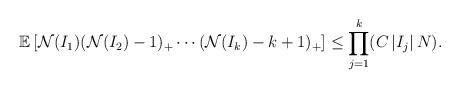
LaTeX: \begin{align*} \mathbb{E}\left[\mathcal{N} (I_1)(\mathcal{N} (I_2)-1)_+\cdots(\mathcal{N} (I_k)-k+1)_+\right]\le \prod_{j=1}^k (C\, |I_j|\, N). \end{align*}